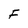
Character: F